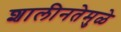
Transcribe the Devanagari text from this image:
शालीनतेमुळे